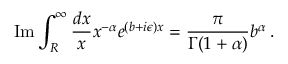
\mathrm { I m } \int _ { R } ^ { \infty } \frac { d x } { x } x ^ { - \alpha } e ^ { ( b + i \epsilon ) x } = \frac { \pi } { \Gamma ( 1 + \alpha ) } b ^ { \alpha } \, .